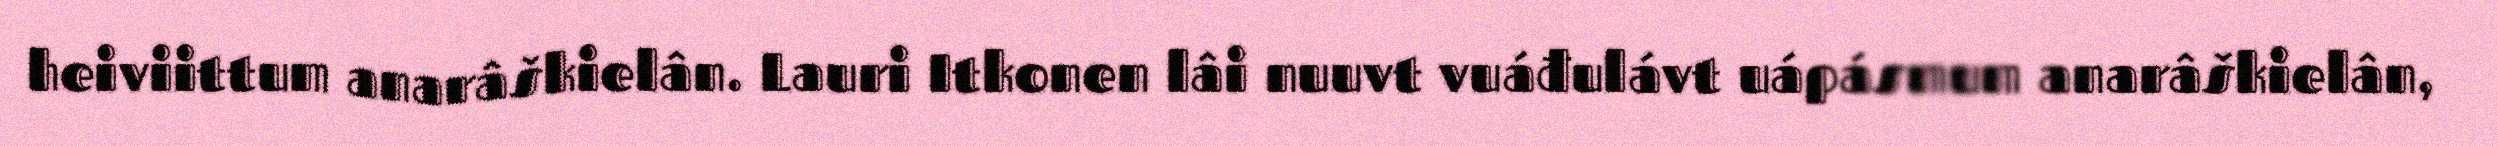
heiviittum anarâškielân. Lauri Itkonen lâi nuuvt vuáđulávt uápásmum anarâškielân,